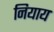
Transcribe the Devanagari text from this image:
नियाय